Papers set at the Examination for Leaving Certificates, 1895
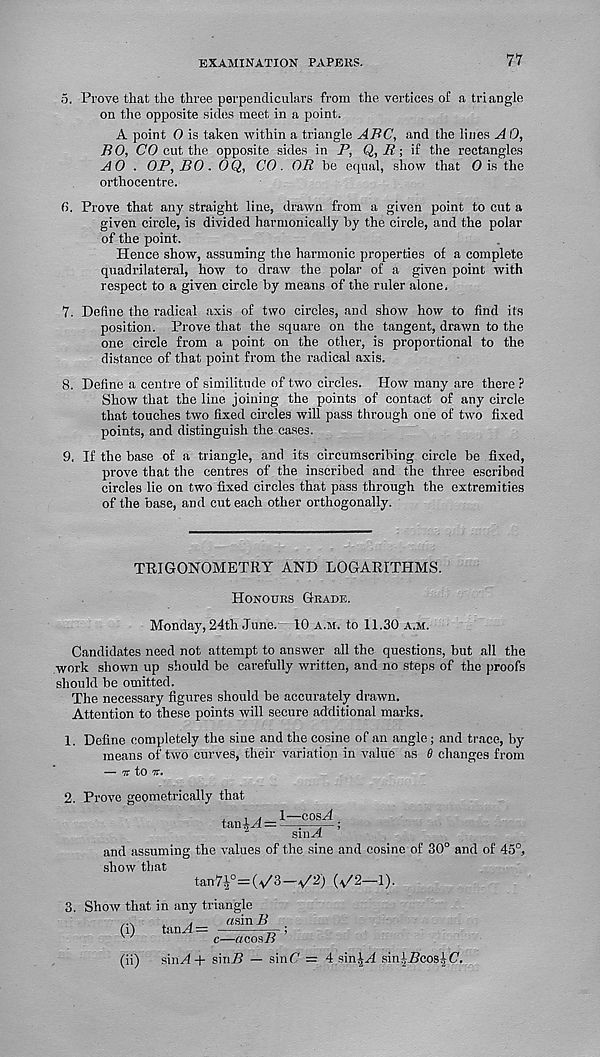
EXAMINATION PAPERS.
77
5. Prove that the three perpendiculars from the vertices of a triangle
on the opposite sides meet in a point.
A point O is taken within a triangle AFC, and the lines A 0,
BO, (70 cut the opposite sides in P, Q, R ■, if the rectangles
A 0 . OP, BO . OQ, CO. OR be equal, show that 0 is the
orthocentre.
6. Prove that any straight line, drawn from a given point to cut a
given circle, is divided harmonically by the circle, and the polar
of the point.
Hence show, assuming the harmonic properties of a complete
quadrilateral, how to draw the polar of a given point with
respect to a given circle by means of the ruler alone.
7. Detine the radical axis of two circles, and show how to find its
position. Prove that the square on the tangent, drawn to the
one circle from a point on the other, is proportional to the
distance of that point from the radical axis.
8. Define a centre of similitude of two circles. How many are there ?
Show that the line joining the points of contact of any circle
that touches two fixed circles will pass through one of two fixed
points, and distinguish the cases.
9. If the base of a triangle, and its circumscribing circle be fixed,
prove that the centres of the inscribed and the three escribed
circles lie on two fixed circles that pass through the extremities
of the base, and cut each other orthogonally.
TRIGONOMETRY AND LOGARITHMS.
Honours Grade.
Monday, 24th June. 10 a.m. to 11.30 a.m.
Candidates need not attempt to answer all the questions, but all the
work shown up should be carefully written, and no steps of the proofs
should be omitted.
The necessary figures should be accurately drawn.
Attention to these points will secure additional marks.
1. Define completely the sine and the cosine of an angle; and trace, by
means of two curves, their variation in value as 6 changes from
— v to ir.
2. Prove geometrically that
tan^H = 1
;
1
smH
and assuming the values of the sine and cosine of 30° and of 45°,
show that
t a n7^°=(v / 3—tj‘2) (v/2—1).
Show that in any triangle
...
, ,
aainB
(i)
tan^4 c—rtcos/?
(ii) sin^4 + siru5 — sin(7 = 4 sin^H sinl-RcosIC.